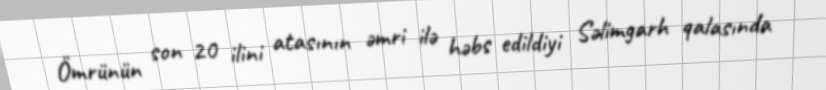
Ömrünün son 20 ilini atasının əmri ilə həbs edildiyi Səlimgarh qalasında